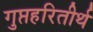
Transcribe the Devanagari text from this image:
गुप्तहरितीर्थ